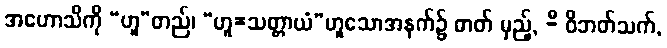
အဟောသိကို “ဟူ”တည်၊ “ဟူ=သတ္တာယံ”ဟူသောအနက်၌ ဓာတ် မှည့်, -ီ ဝိဘတ်သက်,